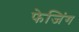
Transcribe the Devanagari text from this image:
फेजिंग